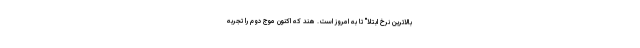
بالاترین نرخ ابتلا" تا به امروز است. هند که اکنون موج دوم را تجربه